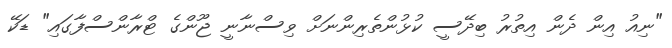
"ނިއު އިން ދެން އިތުރު ބިދޭސީ ކުޅުންތެރިންނަށް ވިސްނާނީ ޖޫންގެ ޓްރާންސްފާގައި" ޑަކޭ